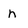
Character: n